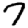
Digit: 7